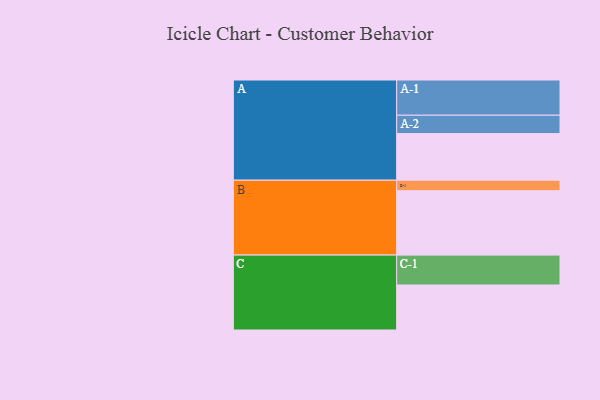
{"axis": {"x": "Segment", "y": "Value"}, "legend": ["", "A", "B", "C"], "data": [{"x": "A", "y": 385, "type": ""}, {"x": "B", "y": 532, "type": ""}, {"x": "C", "y": 372, "type": ""}, {"x": "A-1", "y": 291, "type": "A"}, {"x": "A-2", "y": 152, "type": "A"}, {"x": "B-1", "y": 87, "type": "B"}, {"x": "C-1", "y": 247, "type": "C"}]}